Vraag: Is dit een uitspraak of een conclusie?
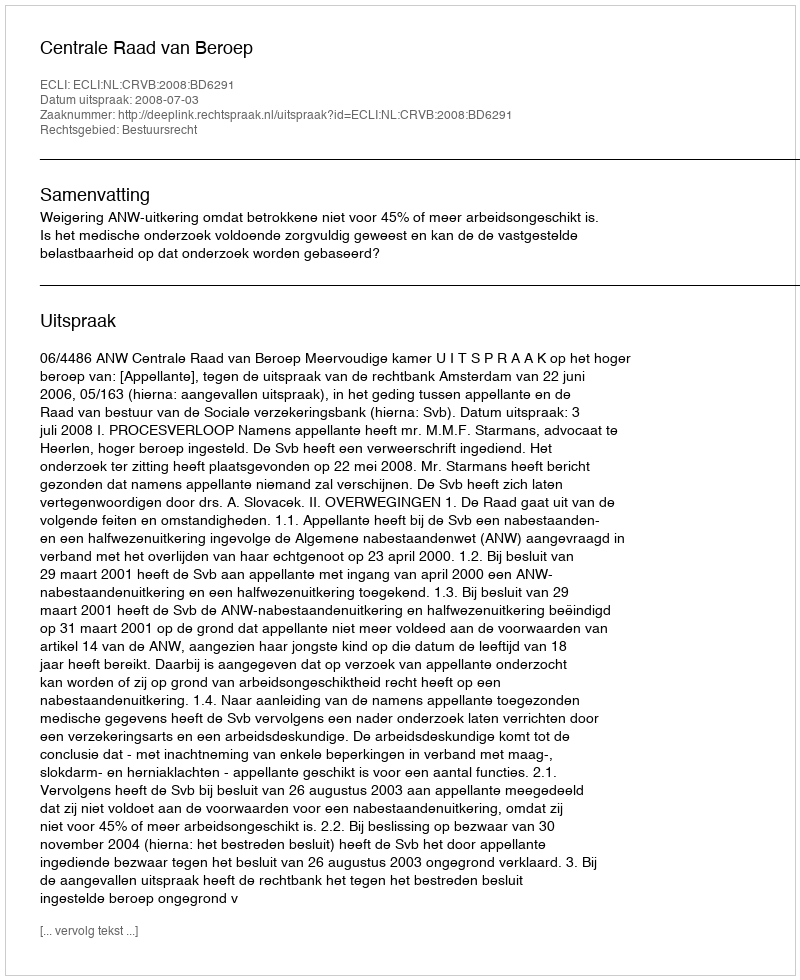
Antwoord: Uitspraak